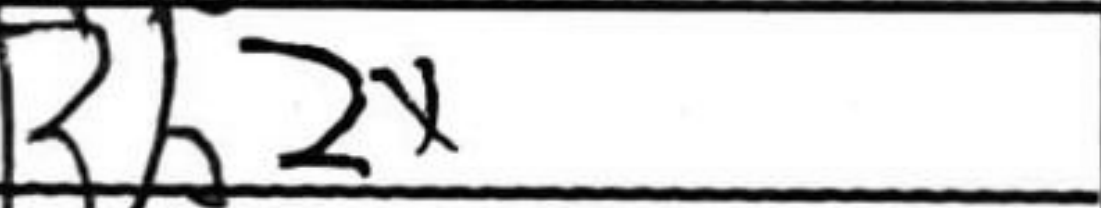
Transcription: Rb2x